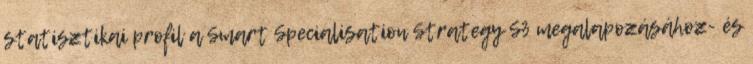
statisztikai profil a Smart Specialisation Strategy S3 megalapozásához- és